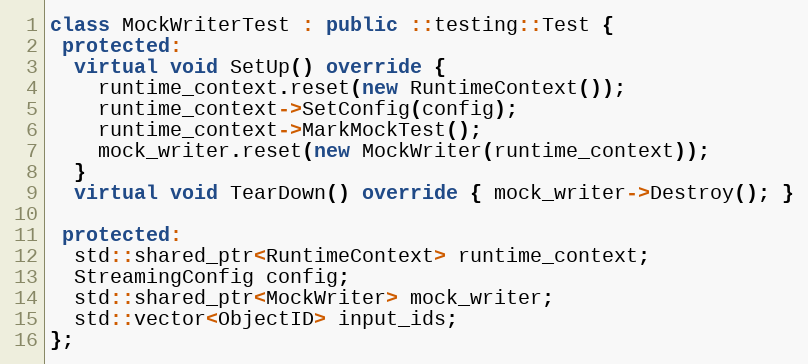
Language: C++
class MockWriterTest : public ::testing::Test {
 protected:
  virtual void SetUp() override {
    runtime_context.reset(new RuntimeContext());
    runtime_context->SetConfig(config);
    runtime_context->MarkMockTest();
    mock_writer.reset(new MockWriter(runtime_context));
  }
  virtual void TearDown() override { mock_writer->Destroy(); }

 protected:
  std::shared_ptr<RuntimeContext> runtime_context;
  StreamingConfig config;
  std::shared_ptr<MockWriter> mock_writer;
  std::vector<ObjectID> input_ids;
};